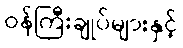
ဝန်ကြီးချုပ်များနှင့်